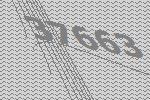
37663